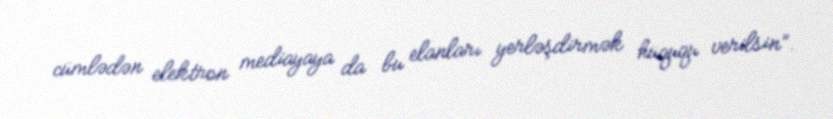
cümlədən elektron mediayaya da bu elanları yerləşdirmək hüququ verilsin”.